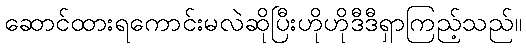
ဆောင်ထားရကောင်းမလဲဆိုပြီးဟိုဟိုဒီဒီရှာကြည့်သည်။